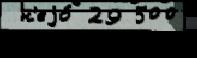
 н'еjо́ 29 500